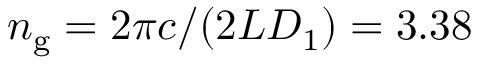
n _ { \mathrm { g } } = 2 \pi c / ( 2 L D _ { 1 } ) = 3 . 3 8